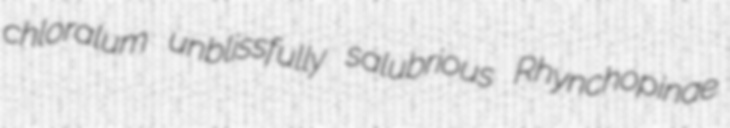
chloralum unblissfully salubrious Rhynchopinae